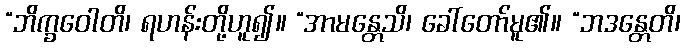
“ဘိက္ခဝေါတိ၊ ရဟန်းတို့ဟူ၍။ “အာမန္တေသိ၊ ခေါ်တော်မူ၏။ “ဘဒန္တေတိ၊